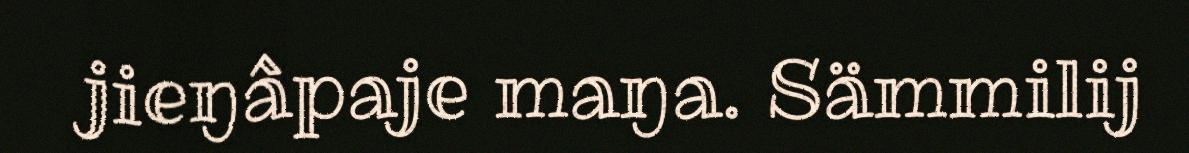
jieŋâpaje maŋa. Sämmilij